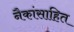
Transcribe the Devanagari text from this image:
नैकांसाहित